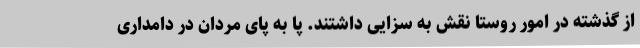
از گذشته در امور روستا نقش به سزایی داشتند. پا به پای مردان در دامداری